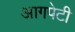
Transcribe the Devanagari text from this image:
आगपेटी